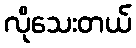
လိုသေးတယ်